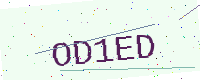
Text: OD1ED